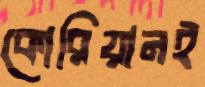
কোরিয়ানই